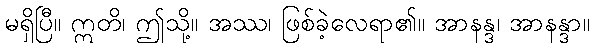
မရှိပြီ။ ဣတိ၊ ဤသို့။ အဿ၊ ဖြစ်ခဲ့လေရာ၏။ အာနန္ဒ၊ အာနန္ဒာ။